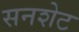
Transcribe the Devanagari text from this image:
सनशेट